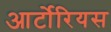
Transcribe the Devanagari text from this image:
आर्टोरियस